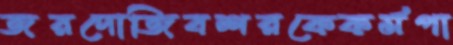
জরদোজিবশরকেকর্মপা